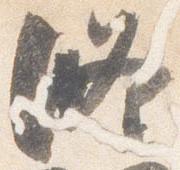
修